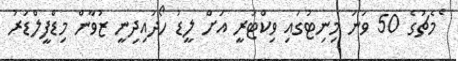
ެމެޗުގެ 50 ވަނަ މިނިޓުގައި ވިކްޓަރީ އަށް ލީޑު ހޯދައިދިނީ ޒުވާން މިޑްފީލްޑަރު